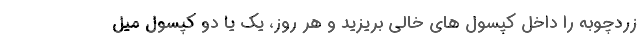
زردچوبه را داخل کپسول های خالی بریزید و هر روز، یک یا دو کپسول میل